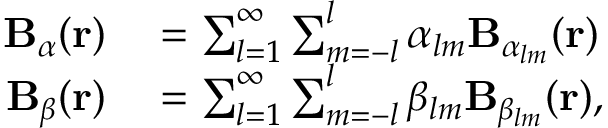
\begin{array} { r l } { \mathbf { B } _ { \alpha } ( \mathbf { r } ) } & { { } = \sum _ { l = 1 } ^ { \infty } \sum _ { m = - l } ^ { l } \alpha _ { l m } \mathbf { B } _ { \alpha _ { l m } } ( \mathbf { r } ) } \\ { \mathbf { B } _ { \beta } ( \mathbf { r } ) } & { { } = \sum _ { l = 1 } ^ { \infty } \sum _ { m = - l } ^ { l } \beta _ { l m } \mathbf { B } _ { \beta _ { l m } } ( \mathbf { r } ) , } \end{array}